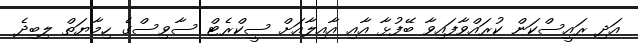
އަދި ރައީސްކަން ކުރައްވާފައިވާ ބޭފުޅާ އާއި އާއިލާއަށް ސީކްރެޓް ސާވިސްގެ ހިމާޔަތް ލިބިދެ